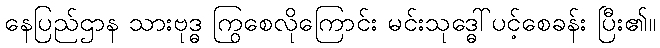
နေပြည်ဌာန သားဗုဒ္ဓ ကြွစေလိုကြောင်း မင်းသုဒ္ဓေါ်ပင့်စေခန်း ပြီး၏။